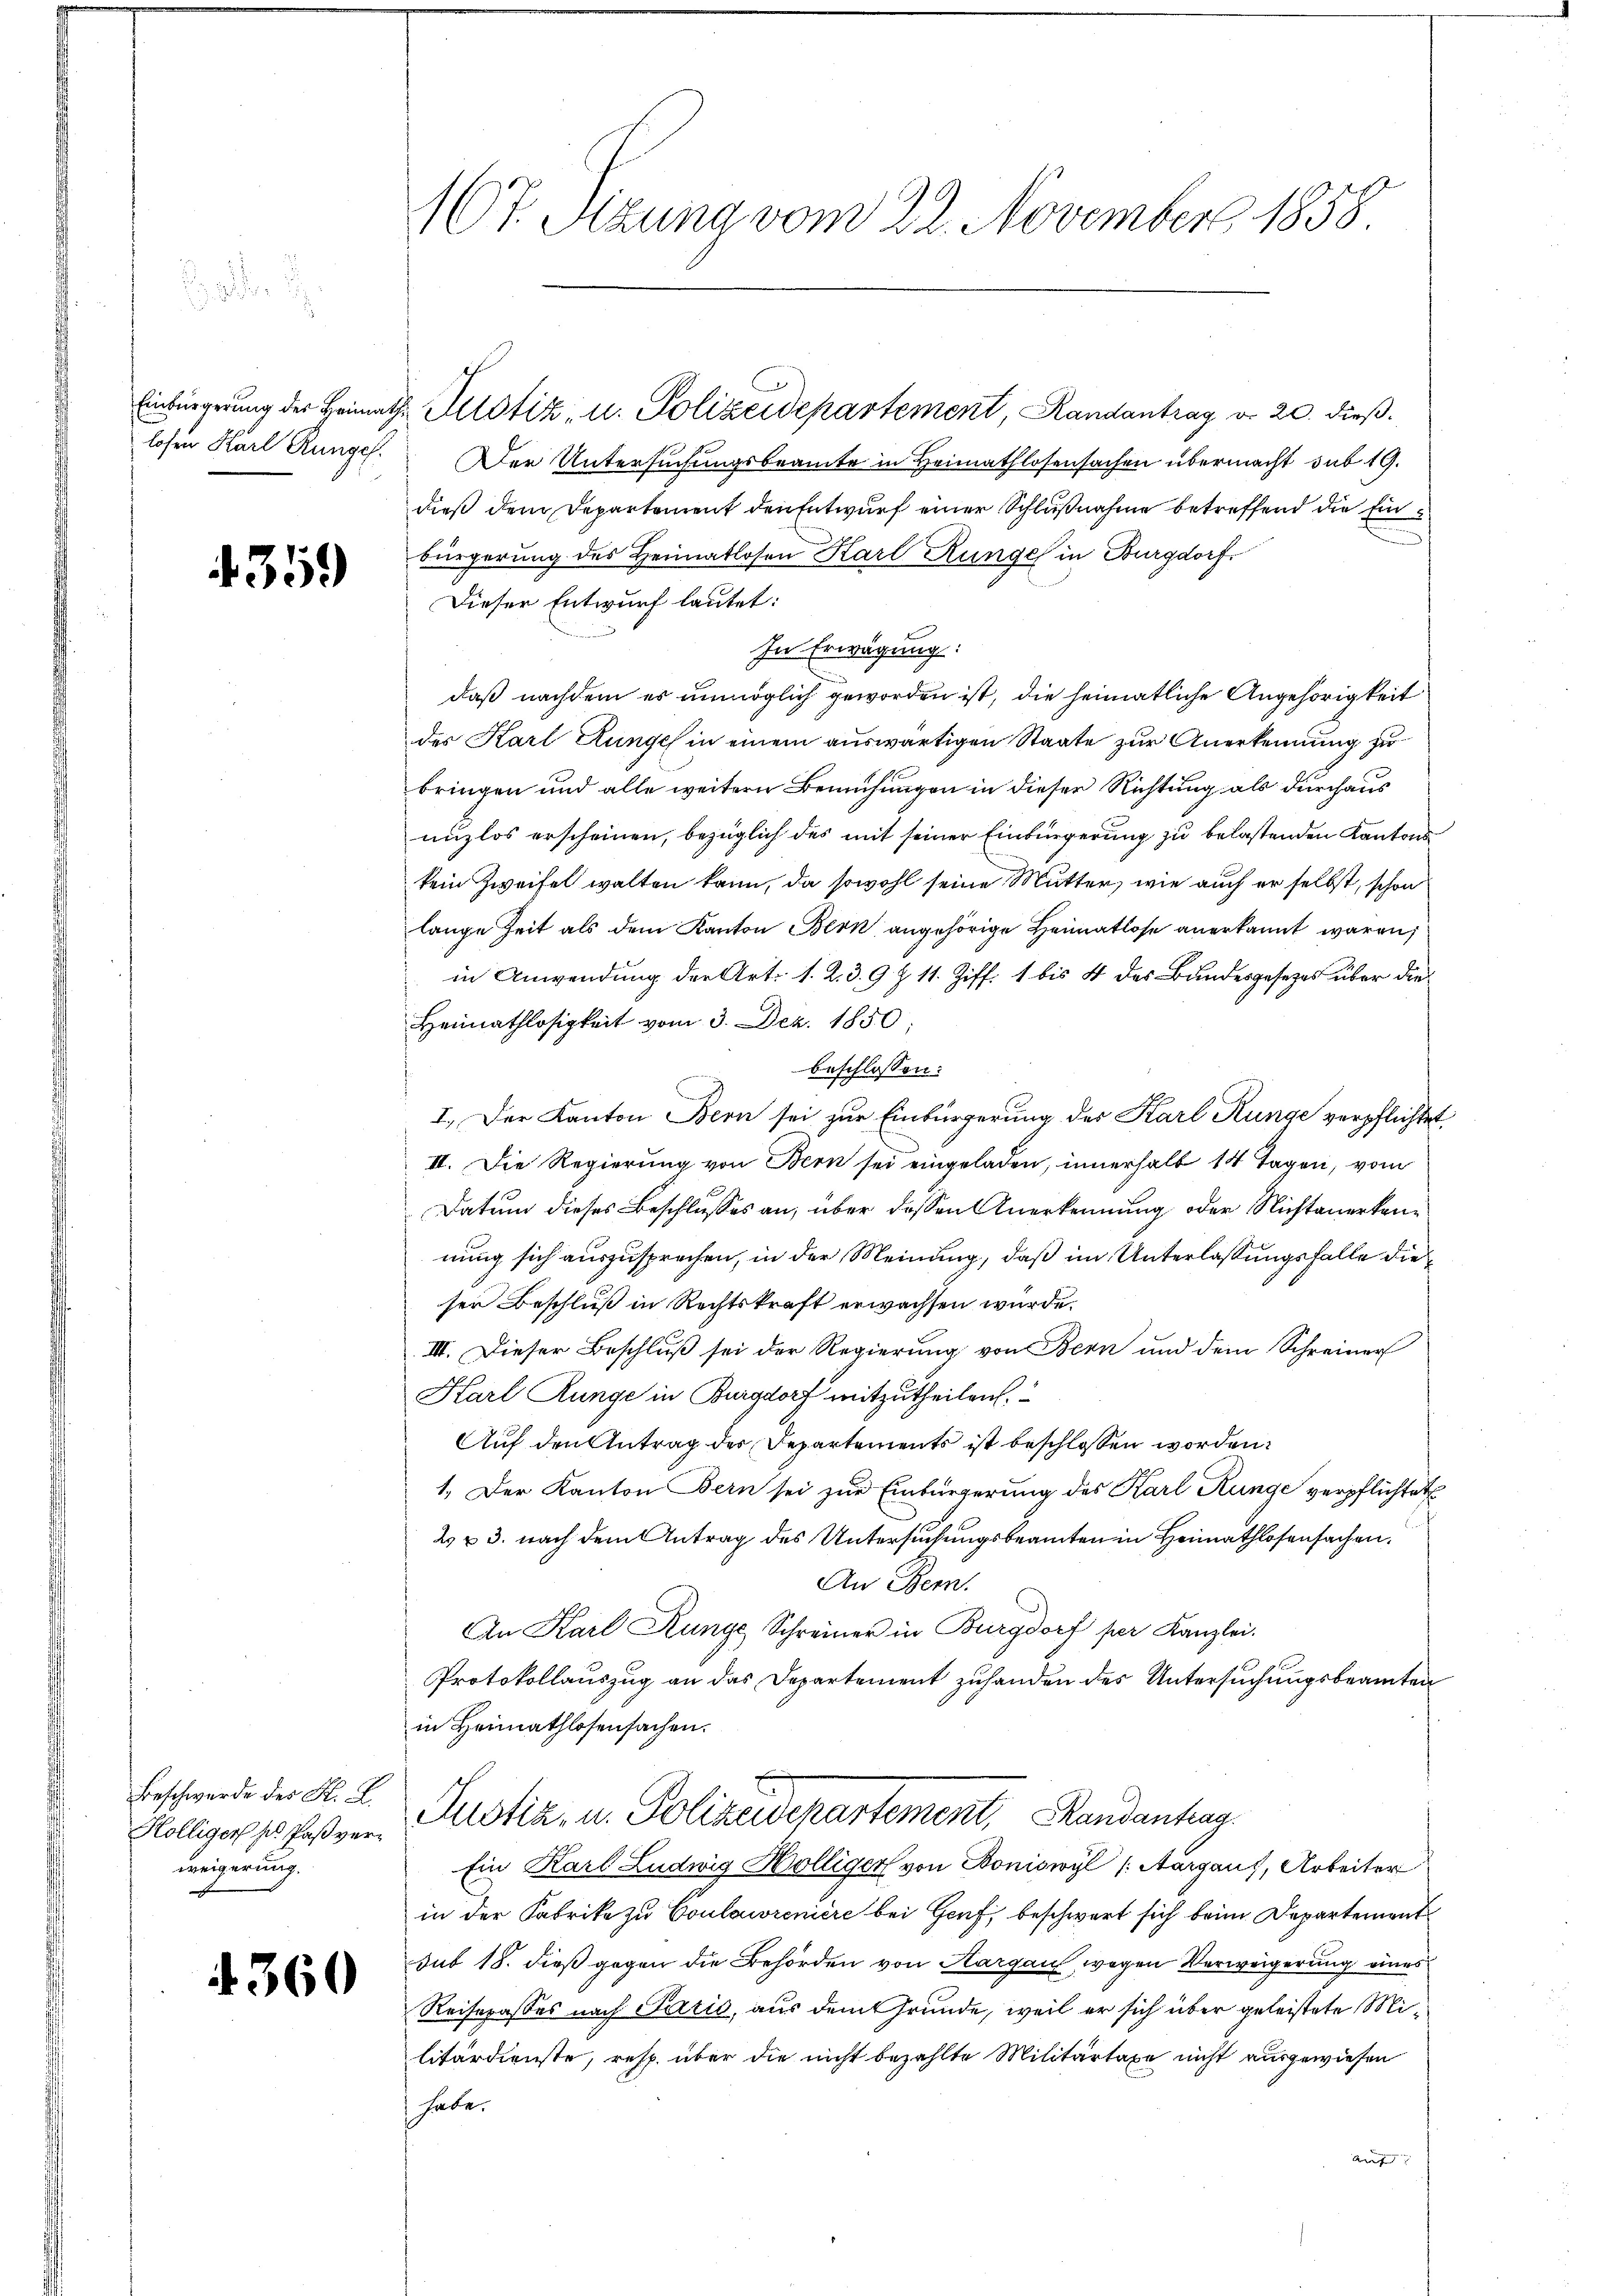
Einbürgerung der Heimath
losen Karl Ringel.

4359

Beschwerde des K. K.
Kölliger ses Paßverweigerung.

4360

167. Sizung vom 22. November 1858

u. Justiz, u. Polizeidepartement, Randantrag d. 20. dieß.
Der Untersuchungsbeamte in Heimathlosensachen übermacht sub 19.
dieß dem Departement den Entwurf einer Schlußnahme betreffend die Einbürgerung des Heimatlosen Karl Runge in Burgdorf,
Dieser Entwurf lautet:
In Erwägung:
daß nachdem es unmöglich geworden ist, die heimatliche Angehörigkeit
des Karl Hunge in einem auswärtigen Staate zur Anerkennung zu
bringen und alle weitern Bemühungen in dieser Richtung als durchaus
unzlos erscheinen, bezüglich des mit seiner Einbürgerung zu belastenden Kantons
kein Zweifel walten kann, da sowohl seine Mutter, wie auch er selbst, schon
lange Zeit als dem Kanton Bern angehörige Heimatlose anerkannt waren,
in Anwendung der Art. 1. 2. 39 § 11. Ziff. 1 bis 4 des Bundesgesetzes über die
Heimathlosigkeit vom 3. Dez. 1850.
beschlossen:
I. Der Kanton Bern sei zur Einbürgerung des Karl Runge verpflichte
II. Die Regierung von Bern sei eingeladen, innerhalb 14 Tagen, vom
Datum dieses Beschlusses an, über dessen Anerkennung oder Nichtanerkennung sich auszusprechen, in der Meinung, daß im Unterlassungsfalle dieser Beschluß in Rechtskraft erwachsen würde.
III. Dieser Beschluß sei der Regierung von Bern und dem Schreiner
Karl Runge in Burgdorf mitzutheilen,
Auf den Antrag des Departements ist beschlossen worden.
1. Der Kanton Bern sei zur Einbürgerung des Karl Runge verpflichtet
2 u 3. nach dem Antrag des Untersuchungsbeamten in Heimathlosensachen.
An Bern.
An Karl Runge Schreiner in Burgdorf per Kanzlei.
Protokollauszug an das Departement zuhanden des Untersuchungsbeamten
in Heimathlosensachen.
Justiz, u. Polizeidepartement, Handantrag
Ein Karl Ludwig Hölliger von Boniswyl (Aargaus, Arbeiter
in der Fabrike zu Coulowreniere bei Genf, beschwert sich beim Departement
sub 18. dieß gegen die Behörden von Aargau, wegen Verweigerung eines
Reiserasses nach Paris, aus dem Grunde, weil er sich über geleistete Militärdienste, resp. über die nicht bezahlte Militärtaxe nicht ausgewiesen
habe.